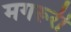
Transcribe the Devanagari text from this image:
मगरूरी